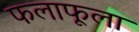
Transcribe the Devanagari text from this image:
फलाफूला